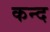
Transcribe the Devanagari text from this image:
कन्‍द